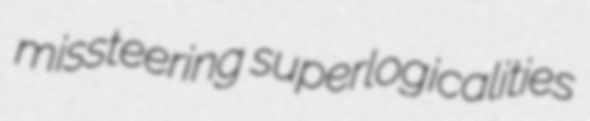
missteering superlogicalities